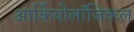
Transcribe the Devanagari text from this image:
आर्कियोलॉजिकल